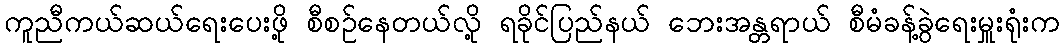
ကူညီကယ်ဆယ်ရေးပေးဖို့ စီစဉ်နေတယ်လို့ ရခိုင်ပြည်နယ် ဘေးအန္တရာယ် စီမံခန့်ခွဲရေးမှူးရုံးက